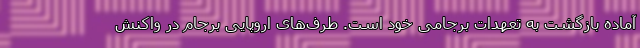
آماده بازگشت به تعهدات برجامی خود است. طرف‌های اروپایی برجام در واکنش